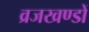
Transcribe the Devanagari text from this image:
व्रजखण्डों